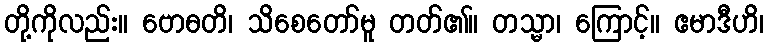
တို့ကိုလည်း။ ဗောဓတိ၊ သိစေတော်မူ တတ်၏။ တသ္မာ၊ ကြောင့်။ ဧမာဒီဟိ၊